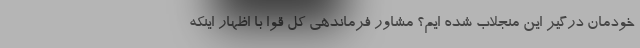
خودمان درگیر این منجلاب شده ایم؟ مشاور فرماندهی کل قوا با اظهار اینکه